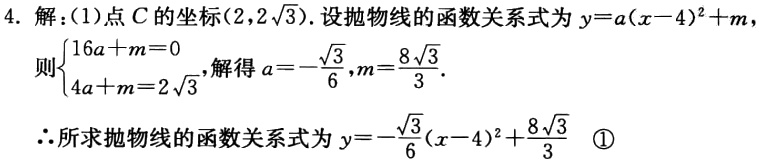
4. 解：(1)点\(C\)的坐标为\((2,2\sqrt{3})\). 设抛物线的函数关系式为\(y = a(x - 4)^{2}+m\)
则\(\begin{cases}16a + m = 0\\4a + m = 2\sqrt{3}\end{cases}\)，解得\(a = -\frac{\sqrt{3}}{6},m = \frac{8\sqrt{3}}{3}\).
\(\therefore\)所求抛物线的函数关系式为\(y = -\frac{\sqrt{3}}{6}(x - 4)^{2}+\frac{8\sqrt{3}}{3}\) \textcircled{1}